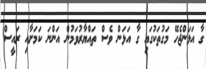
ގާ އަޅަންޖެހޭ މަގުތަކުގައި ގާ އަޅަން ވެސް ތައްޔާރުވަމުން އަންނަ ކަމަށާއި ރައީސް